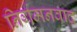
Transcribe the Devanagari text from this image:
निर्गमनवाद